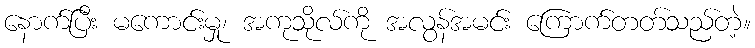
နောက်ပြီး မကောင်းမှု၊ အကုသိုလ်ကို အလွန်အမင်း ကြောက်တတ်သည်တဲ့။